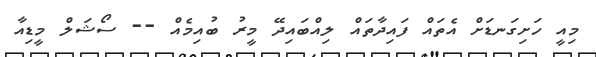
މިއީ ހަށިގަނޑަށް އެތައް ފައިދާތައް ލިއްބައިދޭ މީރު ބުއިމެއް -- ސޯޝަލް މީޑިއާ